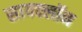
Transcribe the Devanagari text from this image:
सायक्लॉन